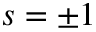
s = \pm 1